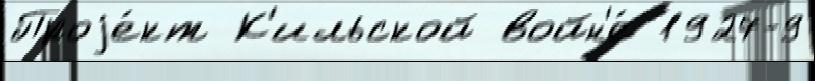
Проjе́кт К'ильской войн'е́ 1927-9